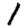
Digit: 1